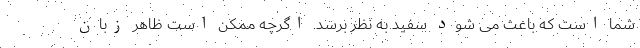
شما است که باعث می شود سفید به نظر برسد. اگرچه ممکن است ظاهر زبان